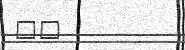
٣٩